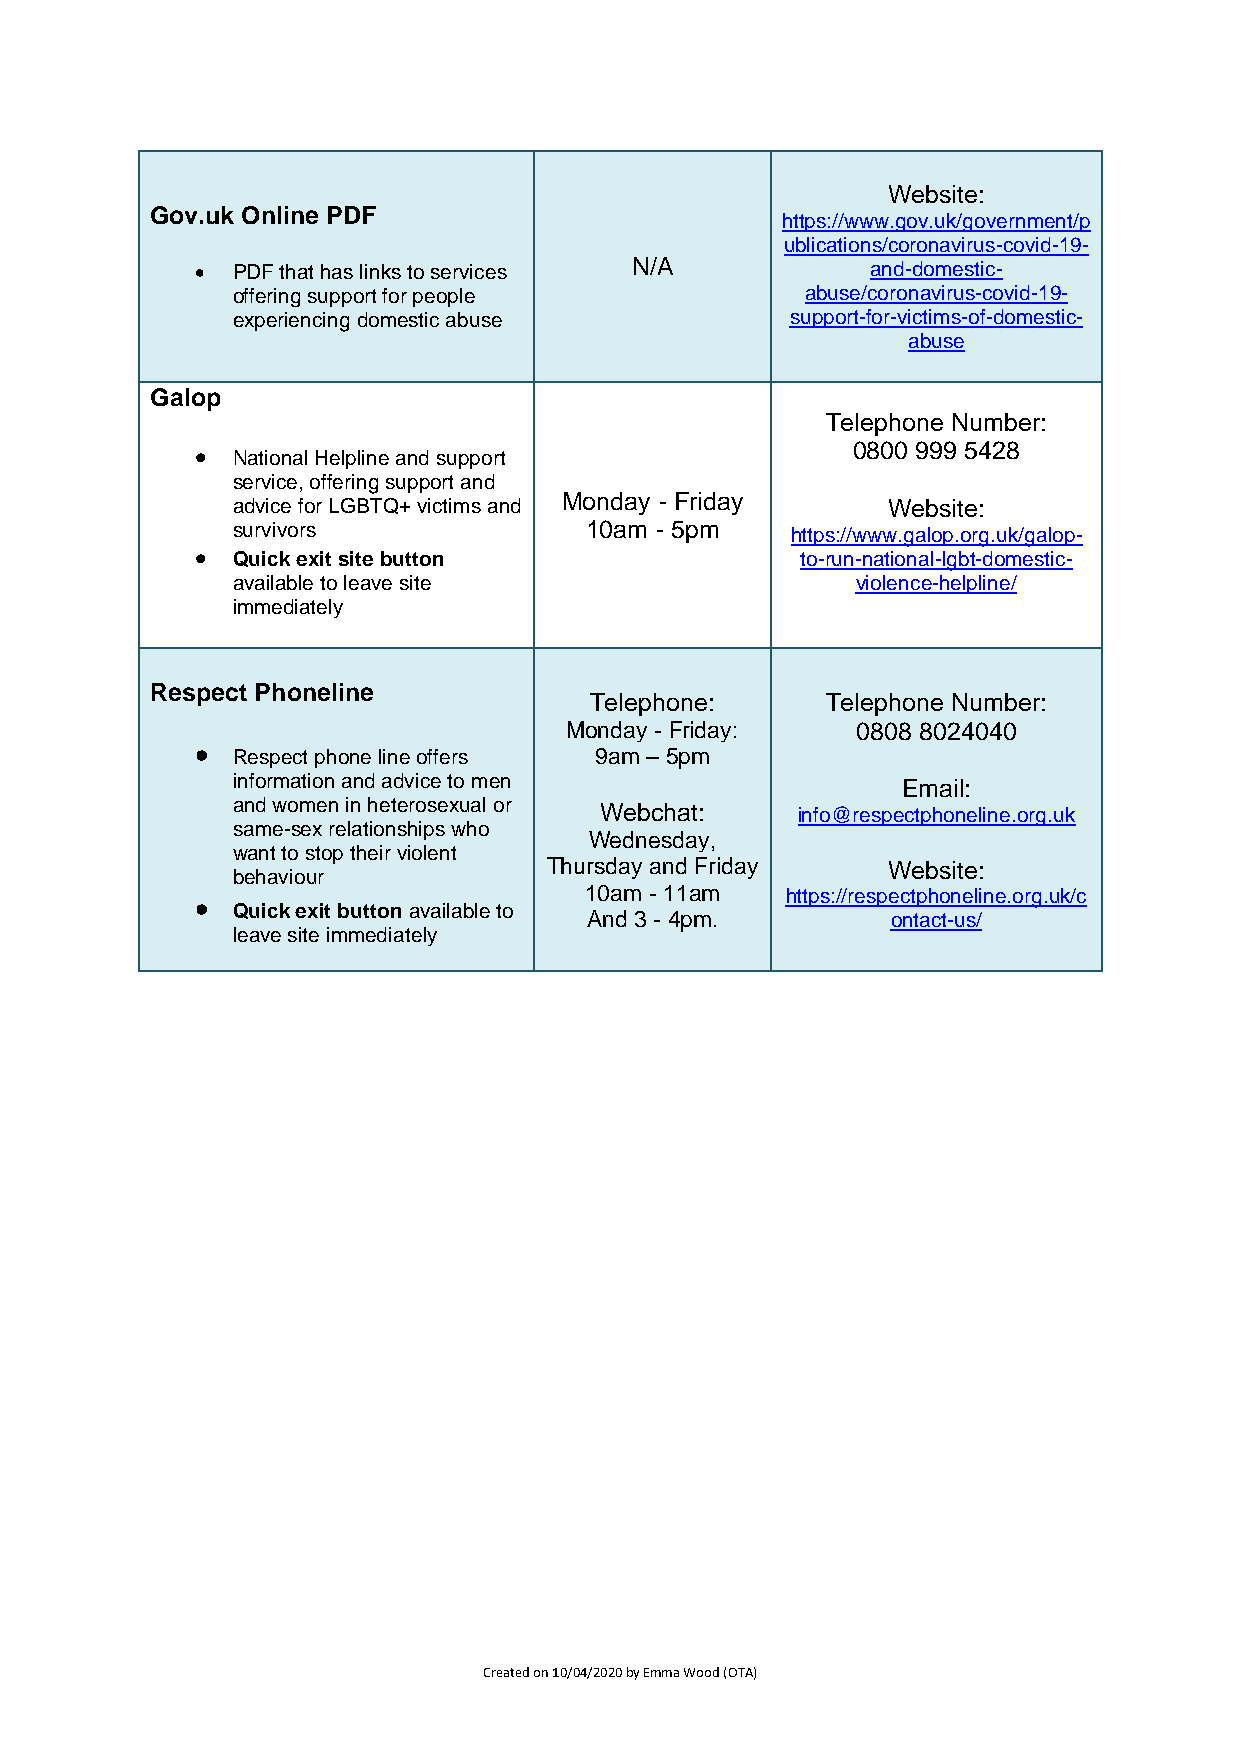
Website:
 Gov.uk Online PDF
 https://www.gov.uk/government/p
 ublications/coronavirus-covid-19-
 • PDF that has links to services N/A         and-domestic-
 offering support for people           abuse/coronavirus-covid-19-
 experiencing domestic abuse          support-for-victims-of-domestic-
 abuse
 Galop
 Telephone Number:
 • National Helpline and support            0800 999 5428
 service, offering support and
 Monday - Friday
 advice for LGBTQ+ victims and               Website:
 survivors               10am - 5pm   https://www.galop.org.uk/galop-
 • Quick exit site button                to-run-national-lgbt-domestic-
 available to leave site                   violence-helpline/
 immediately
 Respect Phoneline
 Telephone:      Telephone Number:
 Monday - Friday:    0808 8024040
 • Respect phone line offers 9am – 5pm
 information and advice to men                Email:
 and women in heterosexual or Webchat: info@respectphoneline.org.uk
 same-sex relationships who
 Wednesday,
 want to stop their violent
 behaviour
 Thursday and Friday    Website:
 10am - 11am  https://respectphoneline.org.uk/c
 •
 Quick exit button available to
 And 3 - 4pm.        ontact-us/
 leave site immediately
 Created on 10/04/2020 by Emma Wood (OTA)